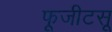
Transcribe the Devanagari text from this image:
फूजीटसू